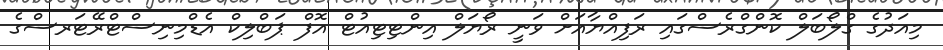
މިއަދުގެ ގްލޯބަލް ކޮންގްރެސްގައި ރަފިއްޔާއަށް ވަނީ ރޯޔަލް އިންޓިޓިއުޓް އޮފް ޕަބްލިކް އެޑްމިނިސްޓްރޭޓަރސްގެ